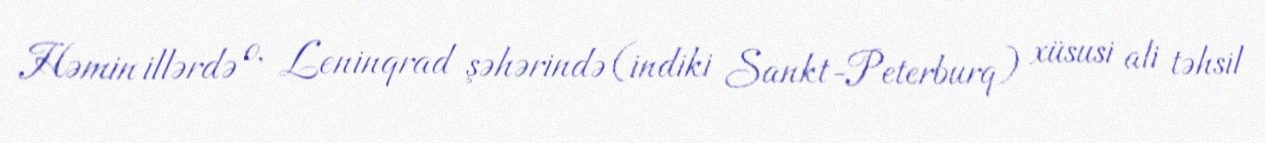
Həmin illərdə o, Leninqrad şəhərində (indiki Sankt-Peterburq) xüsusi ali təhsil